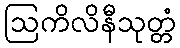
ဩကိလိနီသုတ္တံ